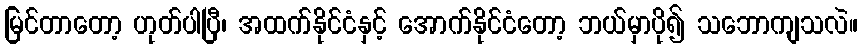
မြင်တာတော့ ဟုတ်ပါပြီ၊ အထက်နိုင်ငံနှင့် အောက်နိုင်ငံတော့ ဘယ်မှာပို၍ သဘောကျသလဲ။